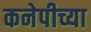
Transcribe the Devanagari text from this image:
कनेपीच्या